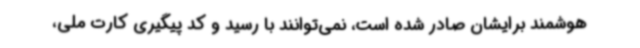
هوشمند برایشان صادر شده است، نمی‌توانند با رسید و کد پیگیری کارت ملی،